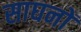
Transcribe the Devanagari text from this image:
साघनों